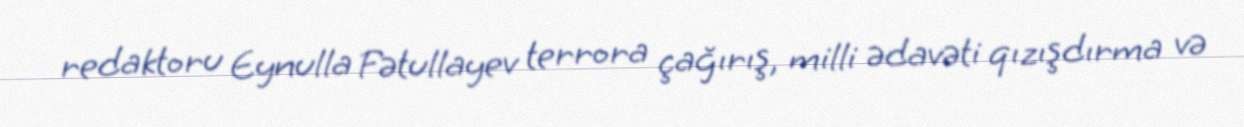
redaktoru Eynulla Fətullayev terrora çağırış, milli ədavəti qızışdırma və